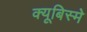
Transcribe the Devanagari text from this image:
क्यूबिस्मे